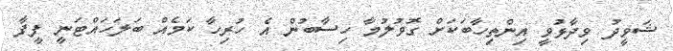
ޝަވީދު ވިދާޅުވީ އިންތިހާބަކަށް ގޮވުލުމާ ހިސާބުން އެ ހުރިހާ ކަމެއް ބަލަހައްޓަނީ ފީފާ